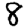
Digit: 8